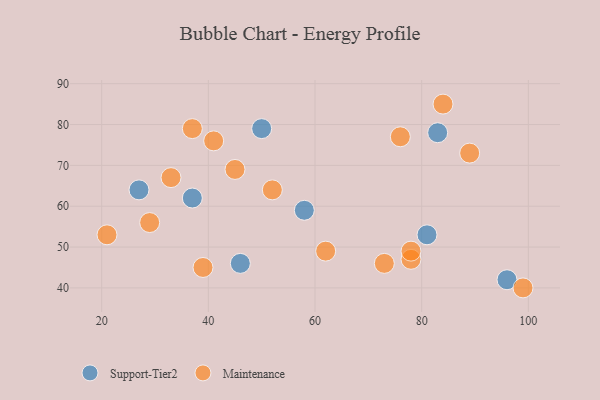
{"axis": {"x": "GDP", "y": "Life Expectancy"}, "legend": ["Maintenance", "Support-Tier2"], "data": [{"x": "37", "y": 62, "type": "Support-Tier2"}, {"x": "46", "y": 46, "type": "Support-Tier2"}, {"x": "50", "y": 79, "type": "Support-Tier2"}, {"x": "81", "y": 53, "type": "Support-Tier2"}, {"x": "83", "y": 78, "type": "Support-Tier2"}, {"x": "96", "y": 42, "type": "Support-Tier2"}, {"x": "27", "y": 64, "type": "Support-Tier2"}, {"x": "58", "y": 59, "type": "Support-Tier2"}, {"x": "76", "y": 77, "type": "Maintenance"}, {"x": "99", "y": 40, "type": "Maintenance"}, {"x": "29", "y": 56, "type": "Maintenance"}, {"x": "84", "y": 85, "type": "Maintenance"}, {"x": "62", "y": 49, "type": "Maintenance"}, {"x": "21", "y": 53, "type": "Maintenance"}, {"x": "89", "y": 73, "type": "Maintenance"}, {"x": "39", "y": 45, "type": "Maintenance"}, {"x": "73", "y": 46, "type": "Maintenance"}, {"x": "33", "y": 67, "type": "Maintenance"}, {"x": "52", "y": 64, "type": "Maintenance"}, {"x": "45", "y": 69, "type": "Maintenance"}, {"x": "78", "y": 47, "type": "Maintenance"}, {"x": "37", "y": 79, "type": "Maintenance"}, {"x": "41", "y": 76, "type": "Maintenance"}, {"x": "78", "y": 49, "type": "Maintenance"}]}